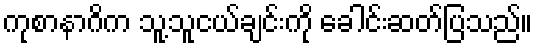
ကုစာနာဂိက သူ့သူငယ်ချင်းကို ခေါင်းဆတ်ပြသည်။